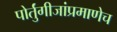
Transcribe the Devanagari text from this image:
पोर्तुंगीजांप्रमाणेच